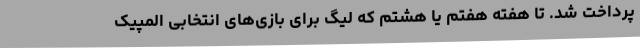
پرداخت شد. تا هفته‌ هفتم یا هشتم که لیگ برای بازی‌های انتخابی المپیک